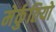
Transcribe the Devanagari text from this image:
मेर्कुतियो